Annual report of the Punjab Veterinary College and of the Civil Veterinary Department, Punjab - 1926-1932
Year: 1926
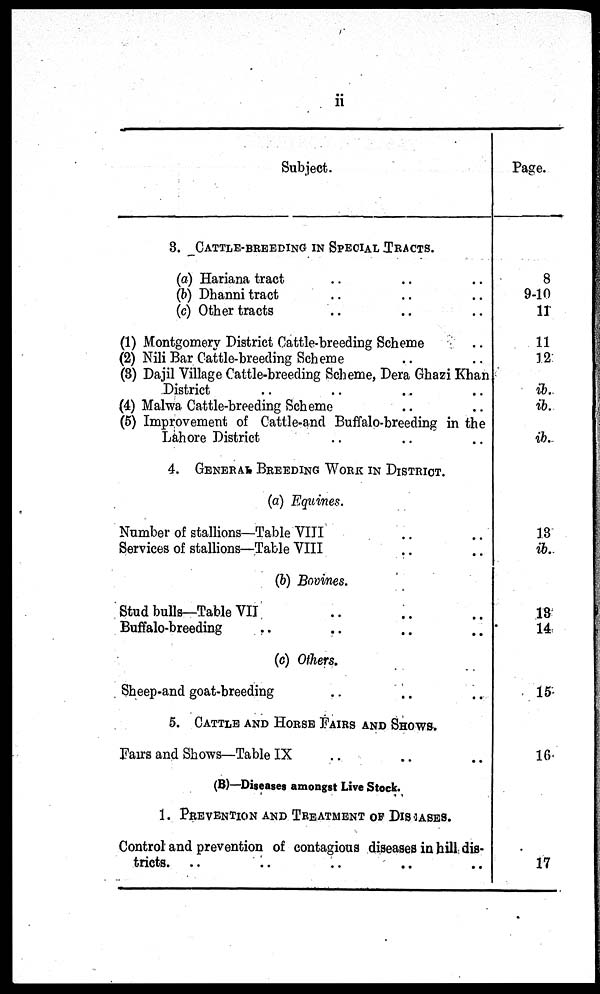
ii
Subject.
3. CATTLE-BREEDING IN SPECIAL TRACTS.
(a) Hariana tract .. .. ..
(b) Dhanni tract .. .. ..
(c) Other tracts .. .. ..
(1) Montgomery District Cattle-breeding Scheme
(2) Nili Bar Cattle-breeding Scheme .. .. ..
(3) Dajil Village Cattle-breeding Scheme, Dera Ghazi Khan
District .. .. .. .. ..
(4) Malwa Cattle-breeding Scheme .. ..
(5) Improvement of Cattle-and Buffalo-breeding in the
Lahore District .. .. .. ..
4. GENERAL BREEDING WORK IN DISTRICT.
(a) Equines.
Number of stallions—Table VIII ..
Services of stallions—Table VIII ..
(b) Bovines.
Stud bulls—Table VII .. ..
Buffalo-breeding .. .. ..
(c) Others.
Sheep-and goat-breeding .. ..
5. CATTLE AND HORSE FAIRS AND SHOWS.
Fairs and Shows—Table IX .. .. ..
(B)—Diseases amongst Live Stock.
1. PREVENTION AND TREATMENT OF DISEASES.
Control and prevention of contagious diseases in hill dis-
tricts. .. .. .. .. .. ..
Page.
8
9-10
11
11
12
ib.
ib.
ib.
13
ib.
13
14
15
16
17